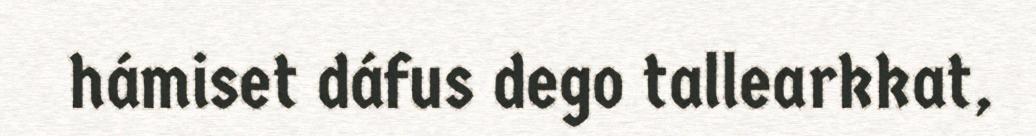
hámiset dáfus dego tallearkkat,